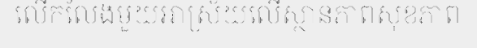
លើកលែងមួយអាស្រ័យលើស្ថានភាពសុខភាព